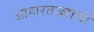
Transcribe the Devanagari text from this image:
आहारतज्‍ज्ञाची